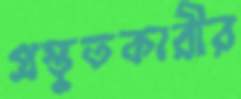
প্রস্তুতকারীর